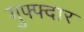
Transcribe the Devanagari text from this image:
गुफ्फ्दार